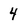
Character: 4